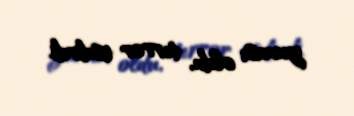
yuvası oldu, terror əsdirdi.